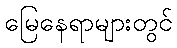
မြေနေရာများတွင်